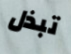
تبذل